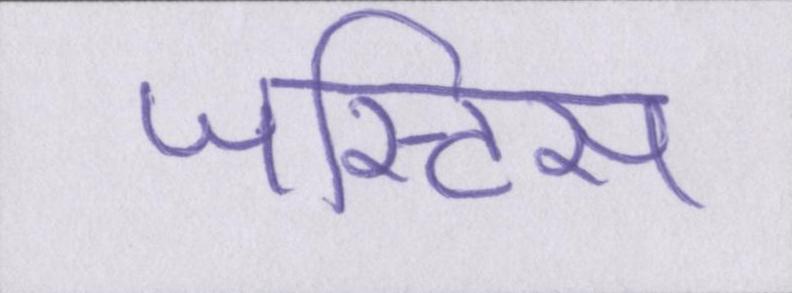
जस्टिस